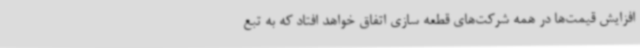
افزایش قیمت‌ها در همه شرکت‌های قطعه سازی اتفاق خواهد افتاد که به تبع